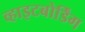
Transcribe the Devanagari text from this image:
व्हाइटबोर्डिंग